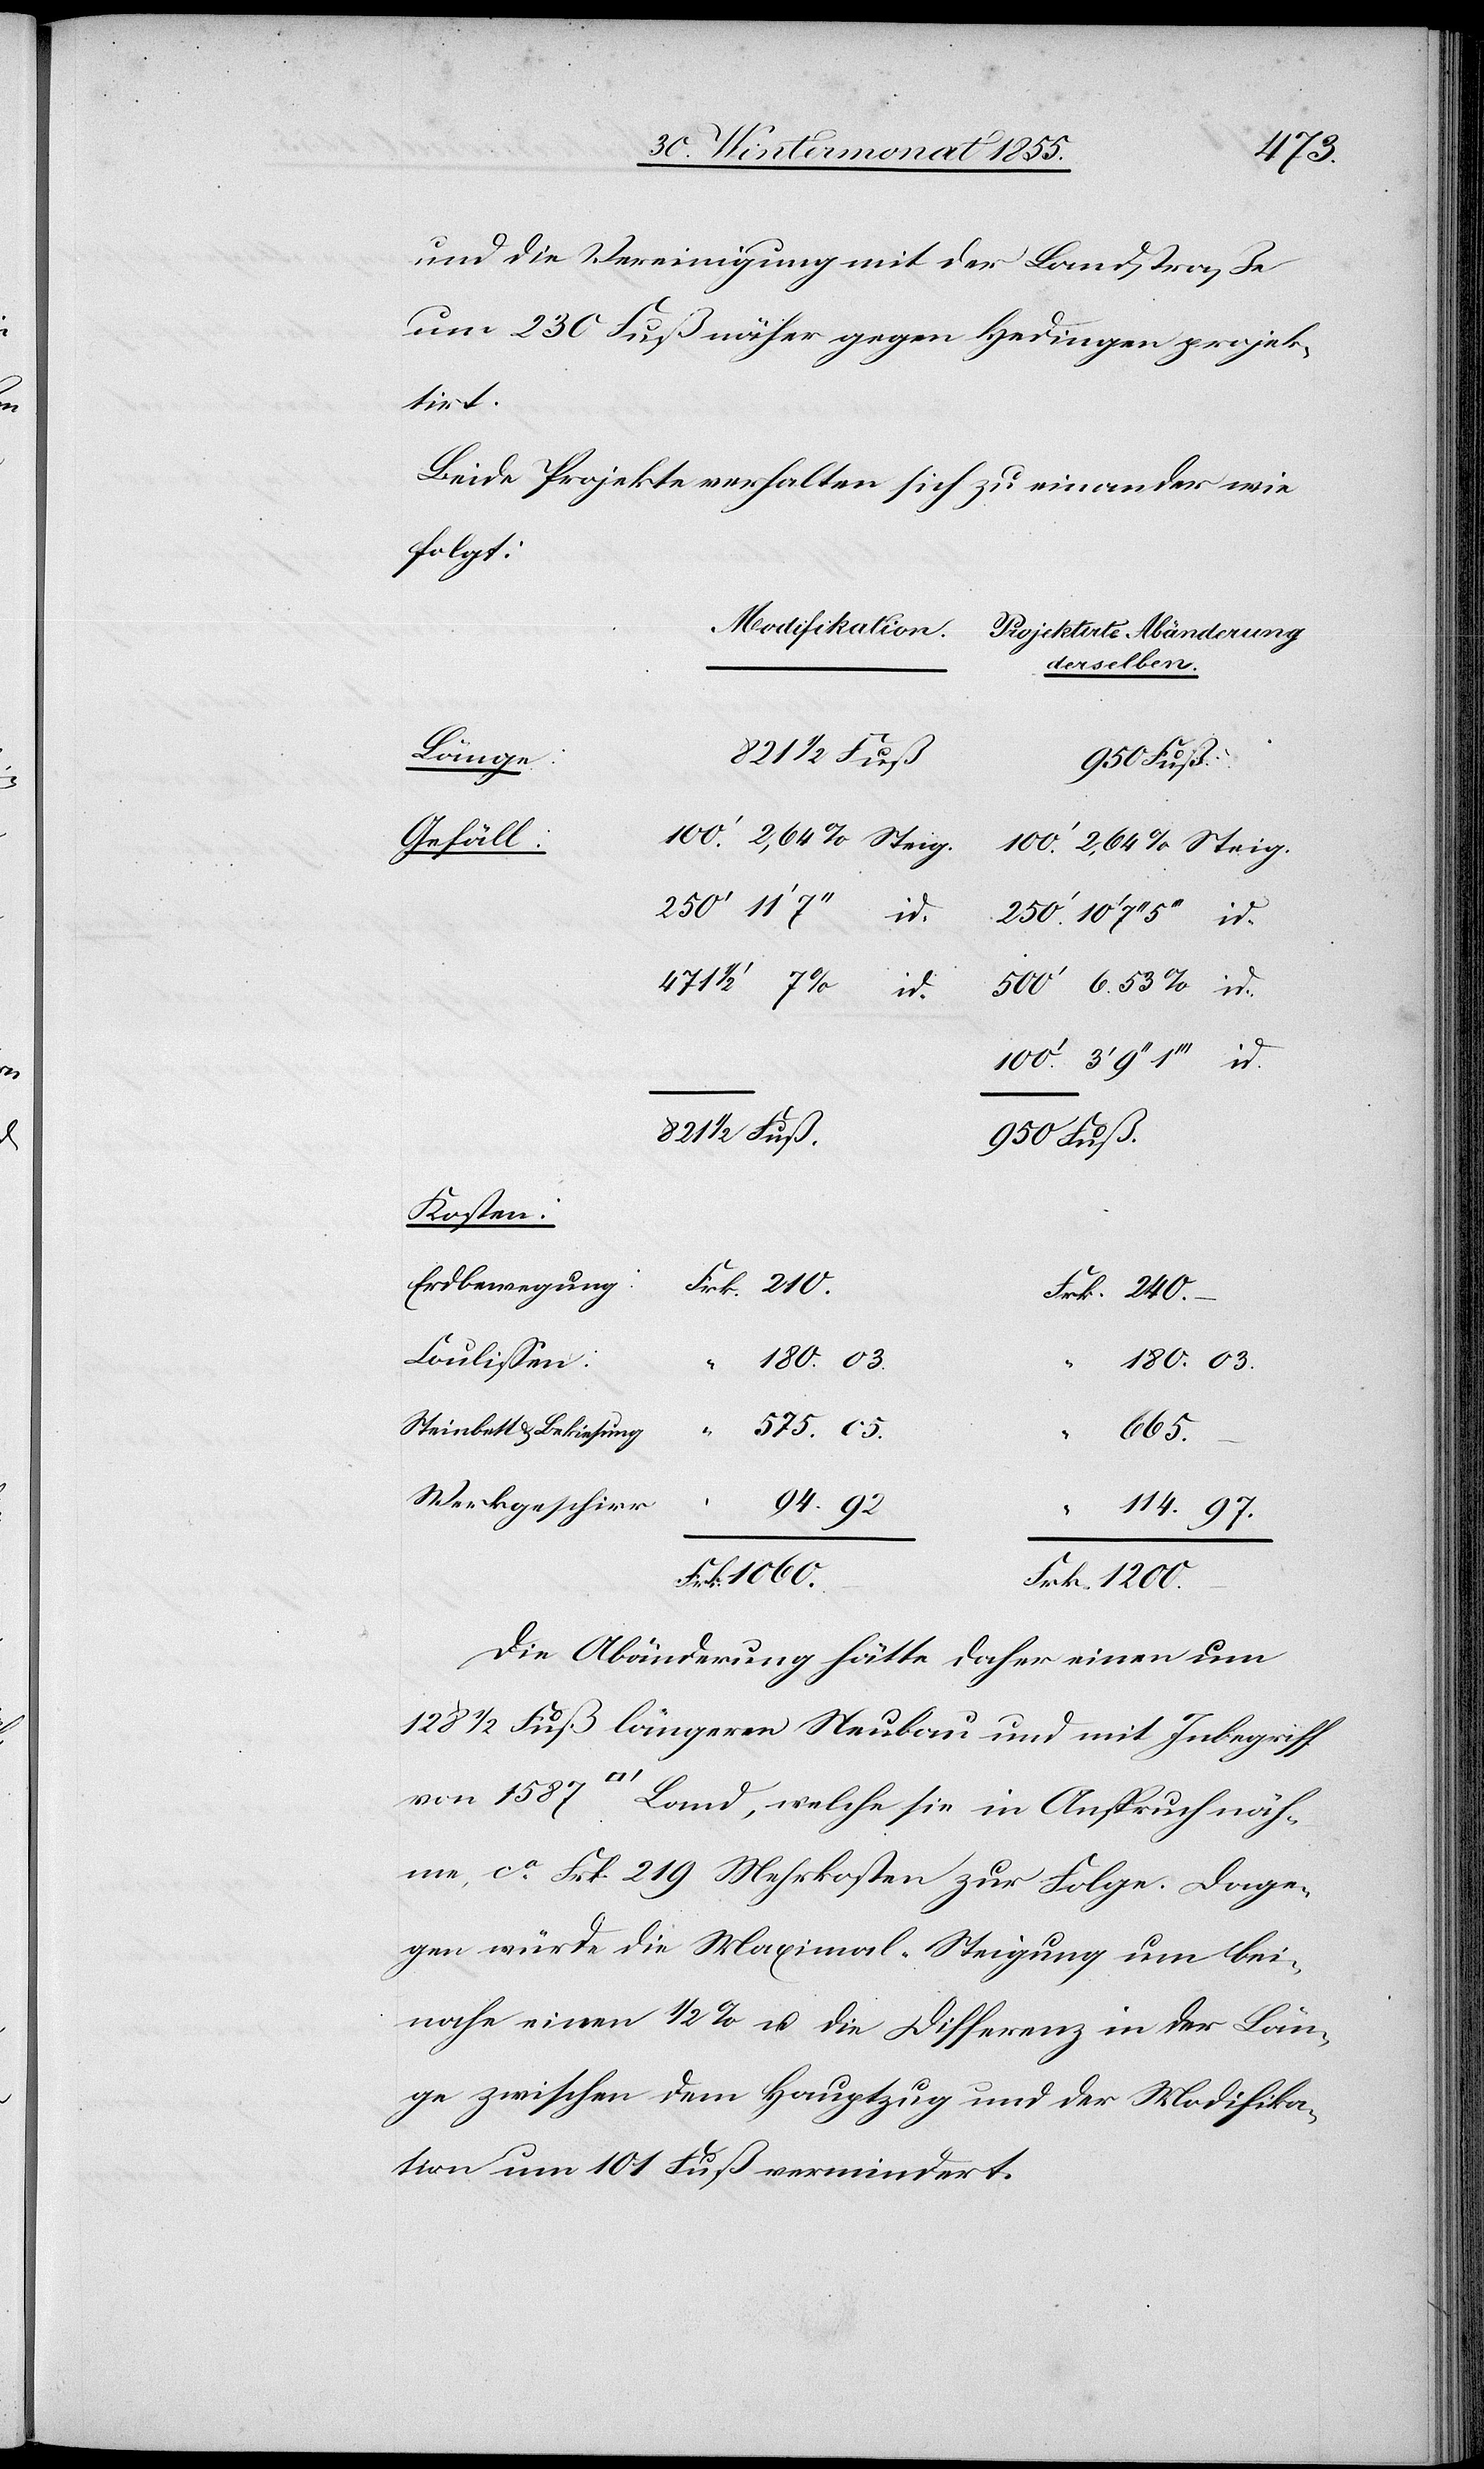
1587
und die Vereinigung mit der Landstraße
um 230 Fuß näher gegen Hedingen projek¬
ktirte
Beide Projekte verhalten sich zu einander wie
folgt:
derselben.
821 1/2 Fuß.
Land,
Gefäll:
id.
471 1/2
950 Fuß.
Kosten:
Erdbewegung:
Frk. 210.
Frk. 240.
Coulissen:
180. 03.
näh¬
575. 05.
Steinbett & Bekiesung
665.
–
Werkgeschirr
“ 94.
“
114. 97.
Frk. 1060.
Frk. 1200.
Die Abänderung hätte daher einen um
128 1/2 Fuß längeren Neubau und mit Inbegriff
me, ca. Frk. 219 Mehrkosten zur Folge. Dage¬
gen würde die Maximal-Steigung um bei¬
nahe einen 1/2% u. die Differenz in der Län¬
ge zwischen dem Hauptzug und der Modifika¬
tion um 101 Fuß vermindert.